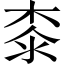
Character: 桼